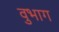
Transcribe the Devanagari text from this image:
वुभाग